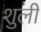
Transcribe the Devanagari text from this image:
शुली